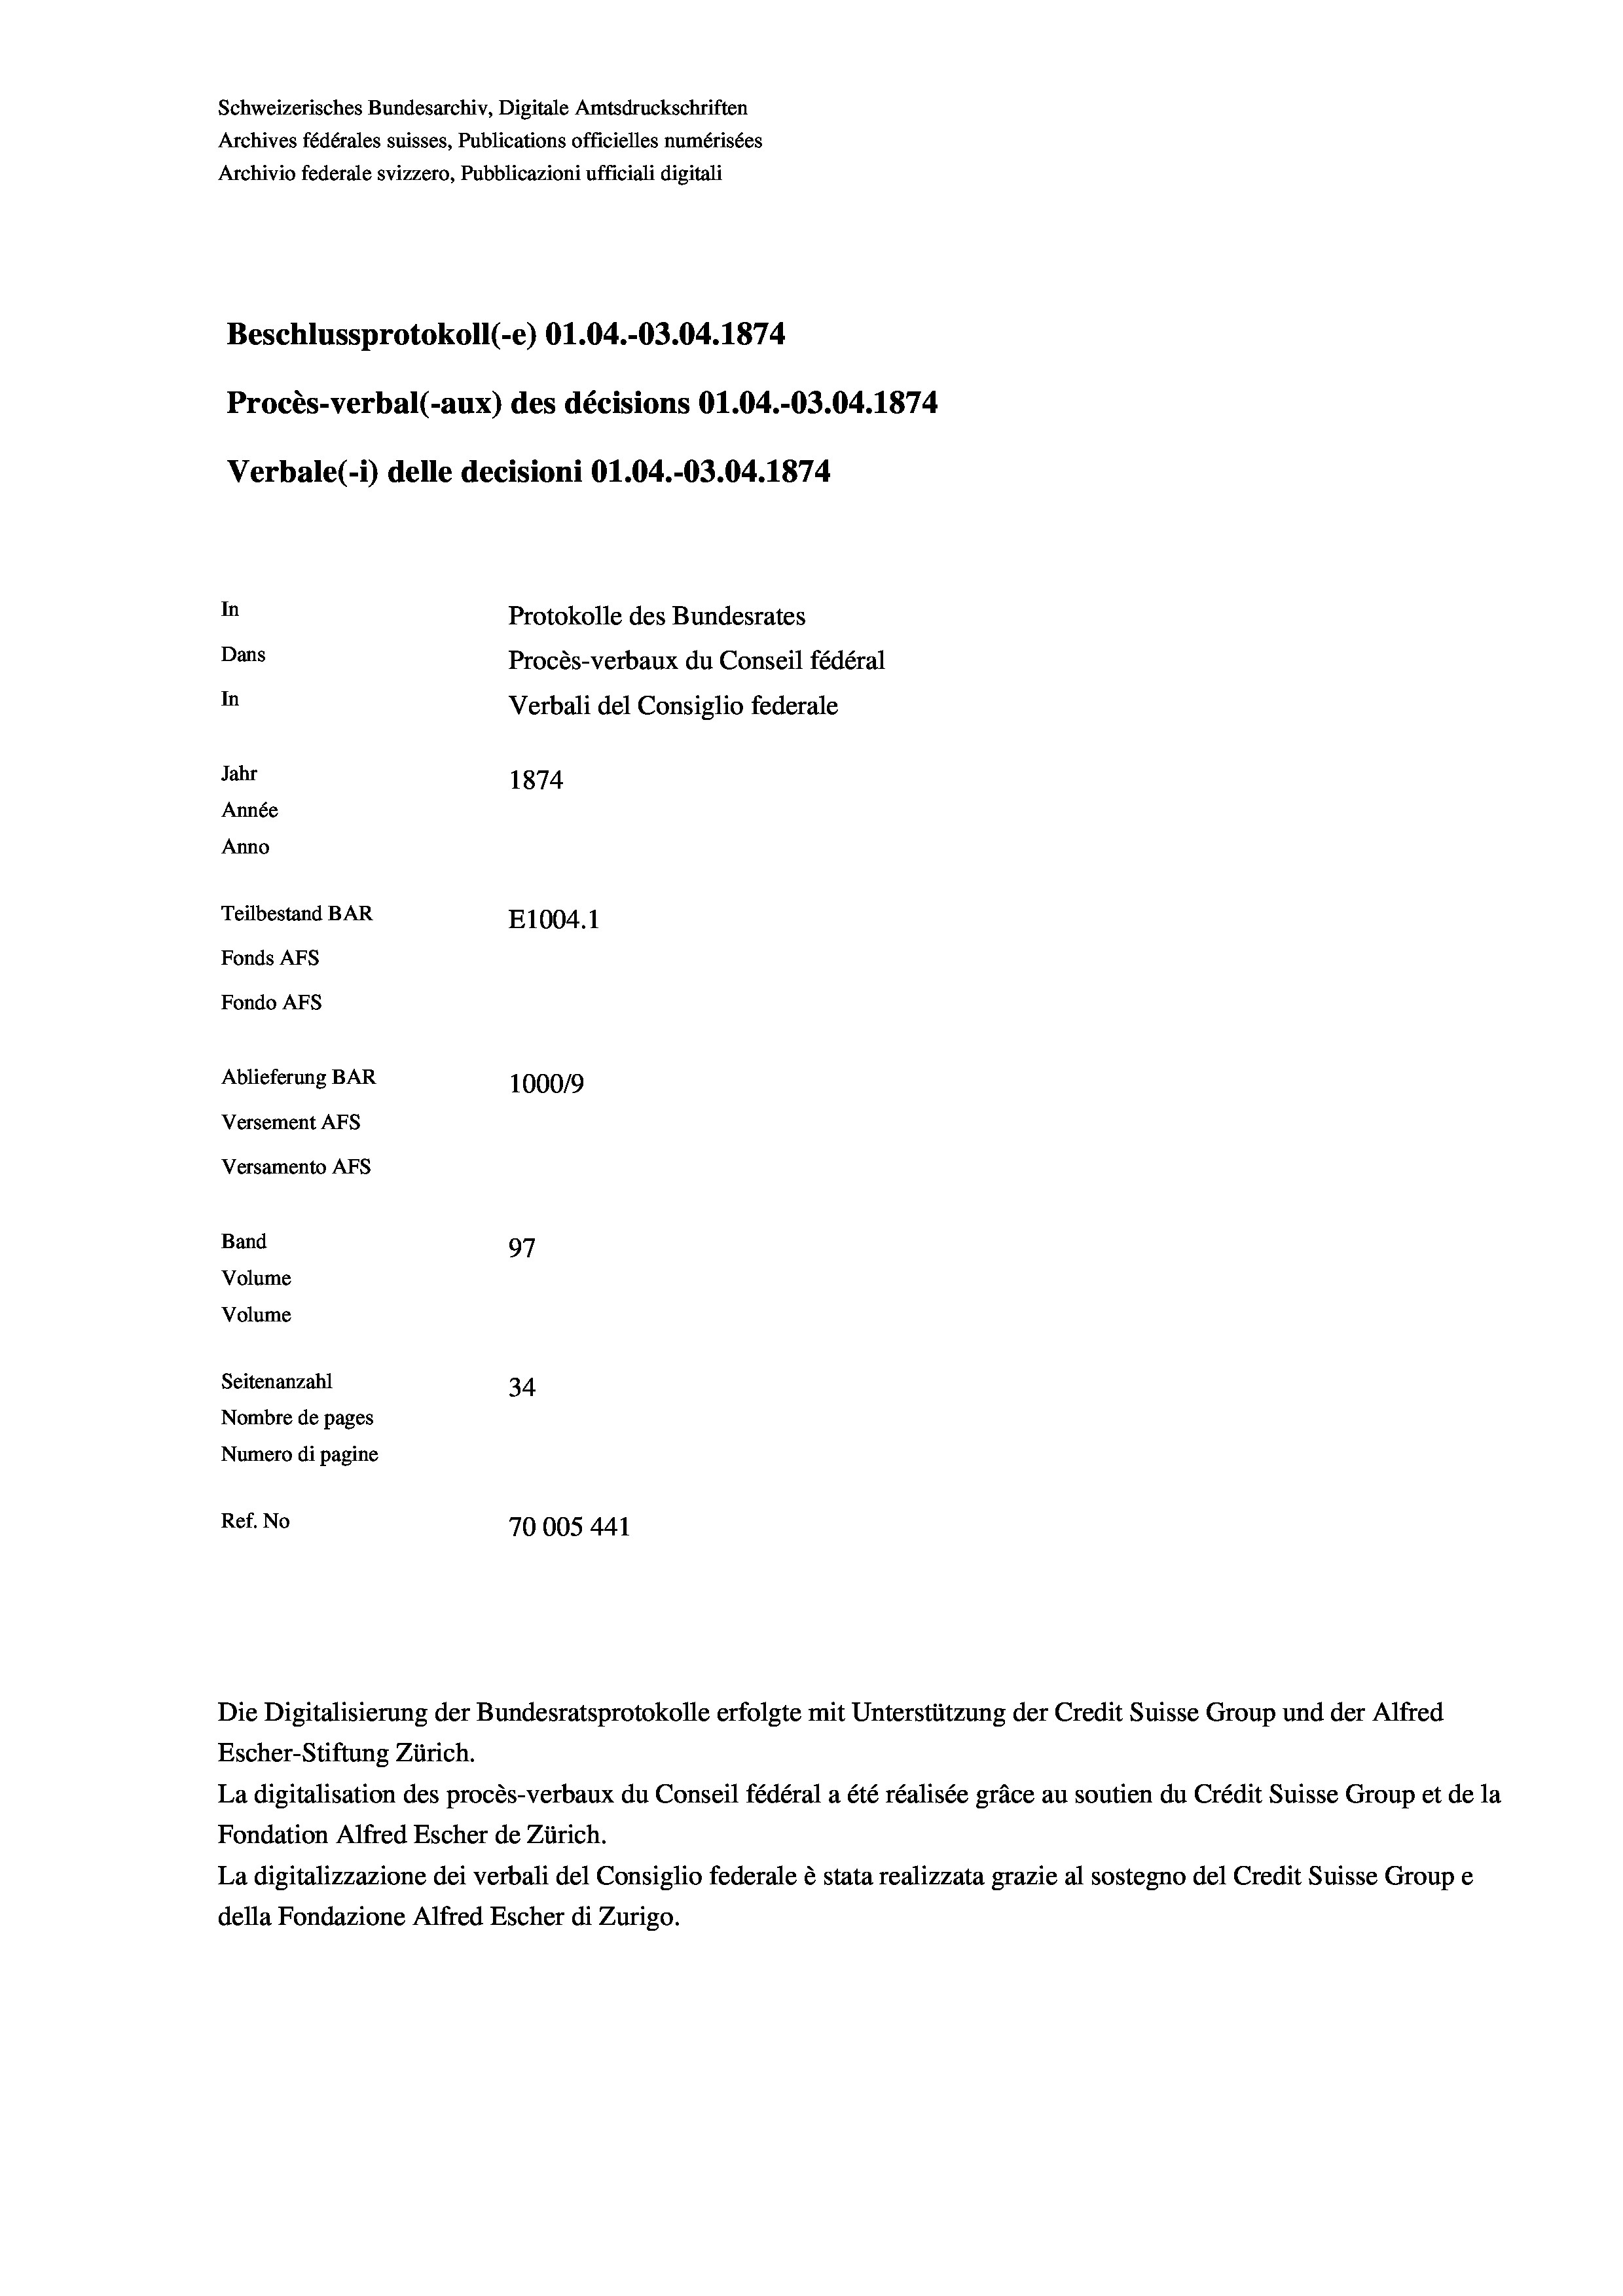
Schweizerisches Bundesarchiv, Digitale Amtsdruckschriften
Beschlussprotokoll (-e) O1.04.-03.04. 1874
Procès-verbal (-aux) des décisions O1.04.-O3.04. 1874
In
Protokolle des Bundesrates
Dans
Procès-verbaux du Conseil fédéral
In
Verbali del Consiglio federale
Jahr
1874
Année
Anno
Teilbestand BAR
E1004.1
Fonds AFs
Fondo AFS
Ablieferung BAR
100019
Versement AFs

Band
Volume
Volume

Versamento Afs

Die Digitalisierung der Bundesratsprotokolle erfolgte mit Unterstützung der Credit Suisse Group und der Alfred
Escher-Stiftung Zürich.
La digitalisation des procès-verbaux du Conseil fédéral a été réalisée gräce au soutien du Crédit Suisse Group et de la
Fondation Alfred Escher de Zürich.
La digitalizzazione dei verbali del Consiglio federale è stata realizzata grazie al sostegno del Credit Suisse Groupe
della Fondazione Alfred Escher di Zurigo.

Archives fédérales suisses, Publications officielles numérisées
Archivio federale svizzero, Pubblicazioni ufficiali digitali

Verbale (1) delle decisioni O1.04.-03.04. 1874

97
Seitenanzahl
34
Nombre de pages
Numero di pagine
Ref. No
70005 441